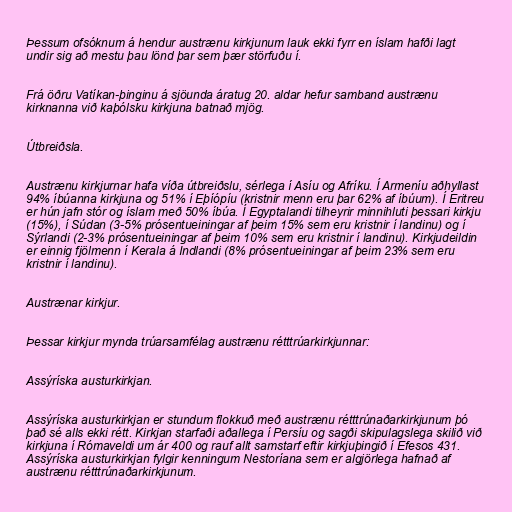
Þessum ofsóknum á hendur austrænu kirkjunum lauk ekki fyrr en íslam hafði lagt
undir sig að mestu þau lönd þar sem þær störfuðu í.

Frá öðru Vatíkan-þinginu á sjöunda áratug 20. aldar hefur samband austrænu
kirknanna við kaþólsku kirkjuna batnað mjög.

Útbreiðsla.

Austrænu kirkjurnar hafa víða útbreiðslu, sérlega í Asíu og Afríku. Í Armeníu aðhyllast
94% íbúanna kirkjuna og 51% í Eþíópíu (kristnir menn eru þar 62% af íbúum). Í Eritreu
er hún jafn stór og íslam með 50% íbúa. Í Egyptalandi tilheyrir minnihluti þessari kirkju
(15%), í Súdan (3-5% prósentueiningar af þeim 15% sem eru kristnir í landinu) og í
Sýrlandi (2-3% prósentueiningar af þeim 10% sem eru kristnir í landinu). Kirkjudeildin
er einnig fjölmenn í Kerala á Indlandi (8% prósentueiningar af þeim 23% sem eru
kristnir í landinu).

Austrænar kirkjur.

Þessar kirkjur mynda trúarsamfélag austrænu rétttrúarkirkjunnar:

Assýríska austurkirkjan.

Assýríska austurkirkjan er stundum flokkuð með austrænu rétttrúnaðarkirkjunum þó
það sé alls ekki rétt. Kirkjan starfaði aðallega í Persíu og sagði skipulagslega skilið við
kirkjuna í Rómaveldi um ár 400 og rauf allt samstarf eftir kirkjuþingið í Efesos 431.
Assýríska austurkirkjan fylgir kenningum Nestoríana sem er algjörlega hafnað af
austrænu rétttrúnaðarkirkjunum.